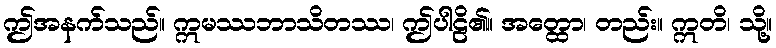
ဤအနက်သည်။ ဣမဿဘာသိတဿ၊ ဤပါဠိ၏။ အတ္ထော၊ တည်း။ ဣတိ၊ သို့။